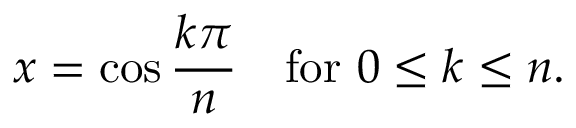
x = \cos { \frac { k \pi } { n } } \quad { \mathrm { f o r ~ } } 0 \leq k \leq n .